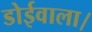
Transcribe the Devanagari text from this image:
डोईवाला।